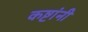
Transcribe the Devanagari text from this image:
कष्टांनी